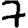
Digit: 7